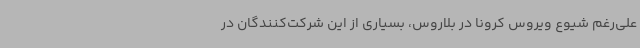
علی‌رغم شیوع ویروس کرونا در بلاروس، بسیاری از این شرکت‌کنندگان در